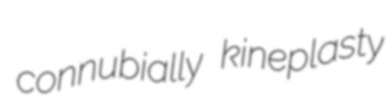
connubially kineplasty